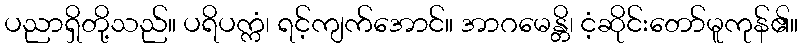
ပညာရှိတို့သည်။ ပရိပက္ကံ၊ ရင့်ကျက်အောင်။ အာဂမေန္တိ၊ ငံ့ဆိုင်းတော်မူကုန်၏။